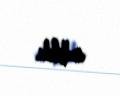
edilib.